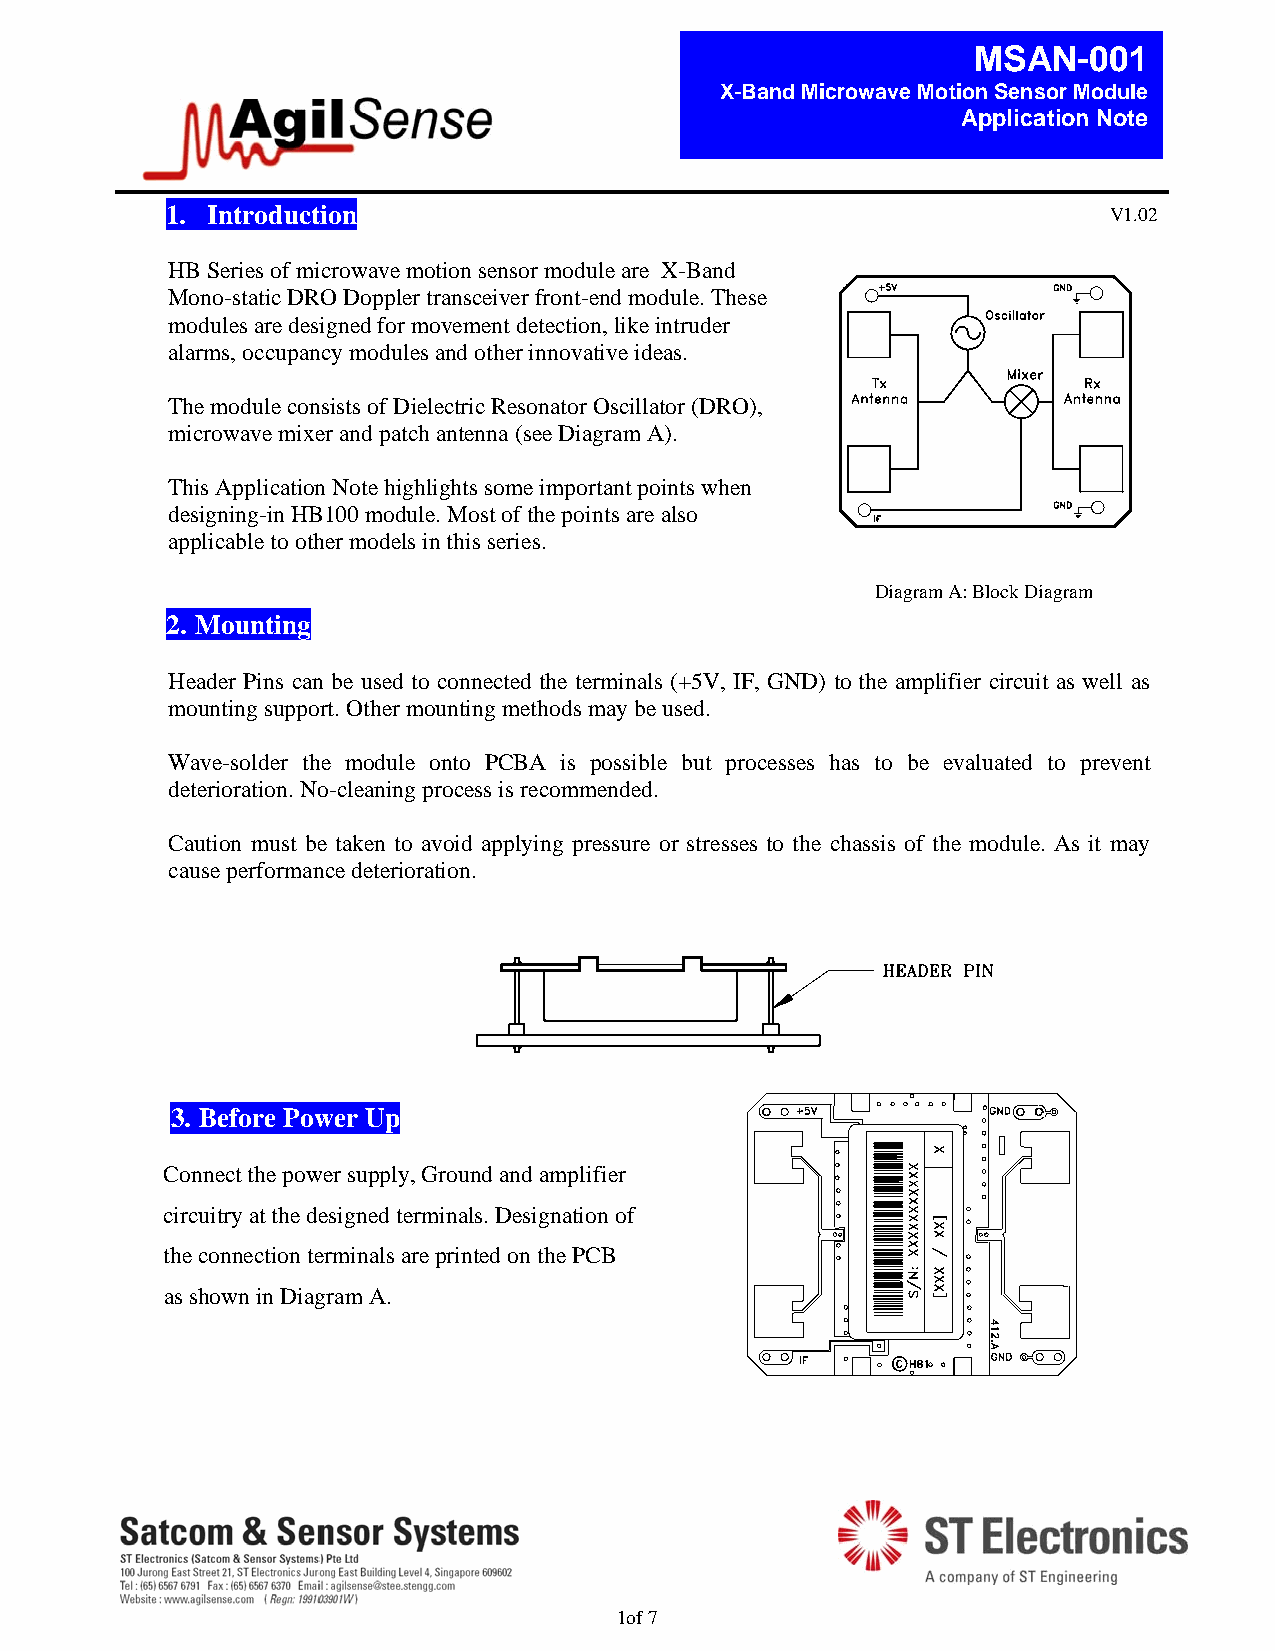
MSAN-001
 X-Band Microwave Motion Sensor Module
 Application Note
 1. Introduction                                               V1.02
 HB Series of microwave motion sensor module are X-Band
 Mono-static DRO Doppler transceiver front-end module. These
 modules are designed for movement detection, like intruder
 alarms, occupancy modules and other innovative ideas.
 The module consists of Dielectric Resonator Oscillator (DRO),
 microwave mixer and patch antenna (see Diagram A).
 This Application Note highlights some important points when
 designing-in HB100 module. Most of the points are also
 applicable to other models in this series.
 Diagram A: Block Diagram
 2. Mounting
 Header Pins can be used to connected the terminals (+5V, IF, GND) to the amplifier circuit as well as
 mounting support. Other mounting methods may be used.
 Wave-solder the module onto PCBA is possible but processes has to be evaluated to prevent
 deterioration. No-cleaning process is recommended.
 Caution must be taken to avoid applying pressure or stresses to the chassis of the module. As it may
 cause performance deterioration.
 3. Before Power Up
 Connect the power supply, Ground and amplifier
 circuitry at the designed terminals. Designation of
 the connection terminals are printed on the PCB
 as shown in Diagram A.
 1of 7